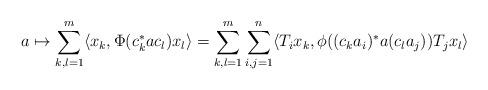
LaTeX: \begin{align*} a \mapsto \sum_{k,l=1}^m \langle x_k , \Phi( c_k^\ast a c_l) x_l \rangle = \sum_{k,l=1}^m \sum_{i,j=1}^n \langle T_ix_k , \phi((c_k a_i)^\ast a (c_l a_j)) T_j x_l \rangle\end{align*}